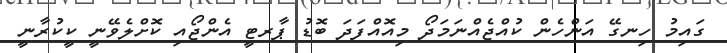
ގައިމު ހިނގޭ އަންހެން ކުއްޖެއްނަމަދޯ މިއޮއްފަދަ ބޮޑު ޕާރޓީ އެންޖޯއި ކޮށްލެވޭނީ ކީކުރާނީ